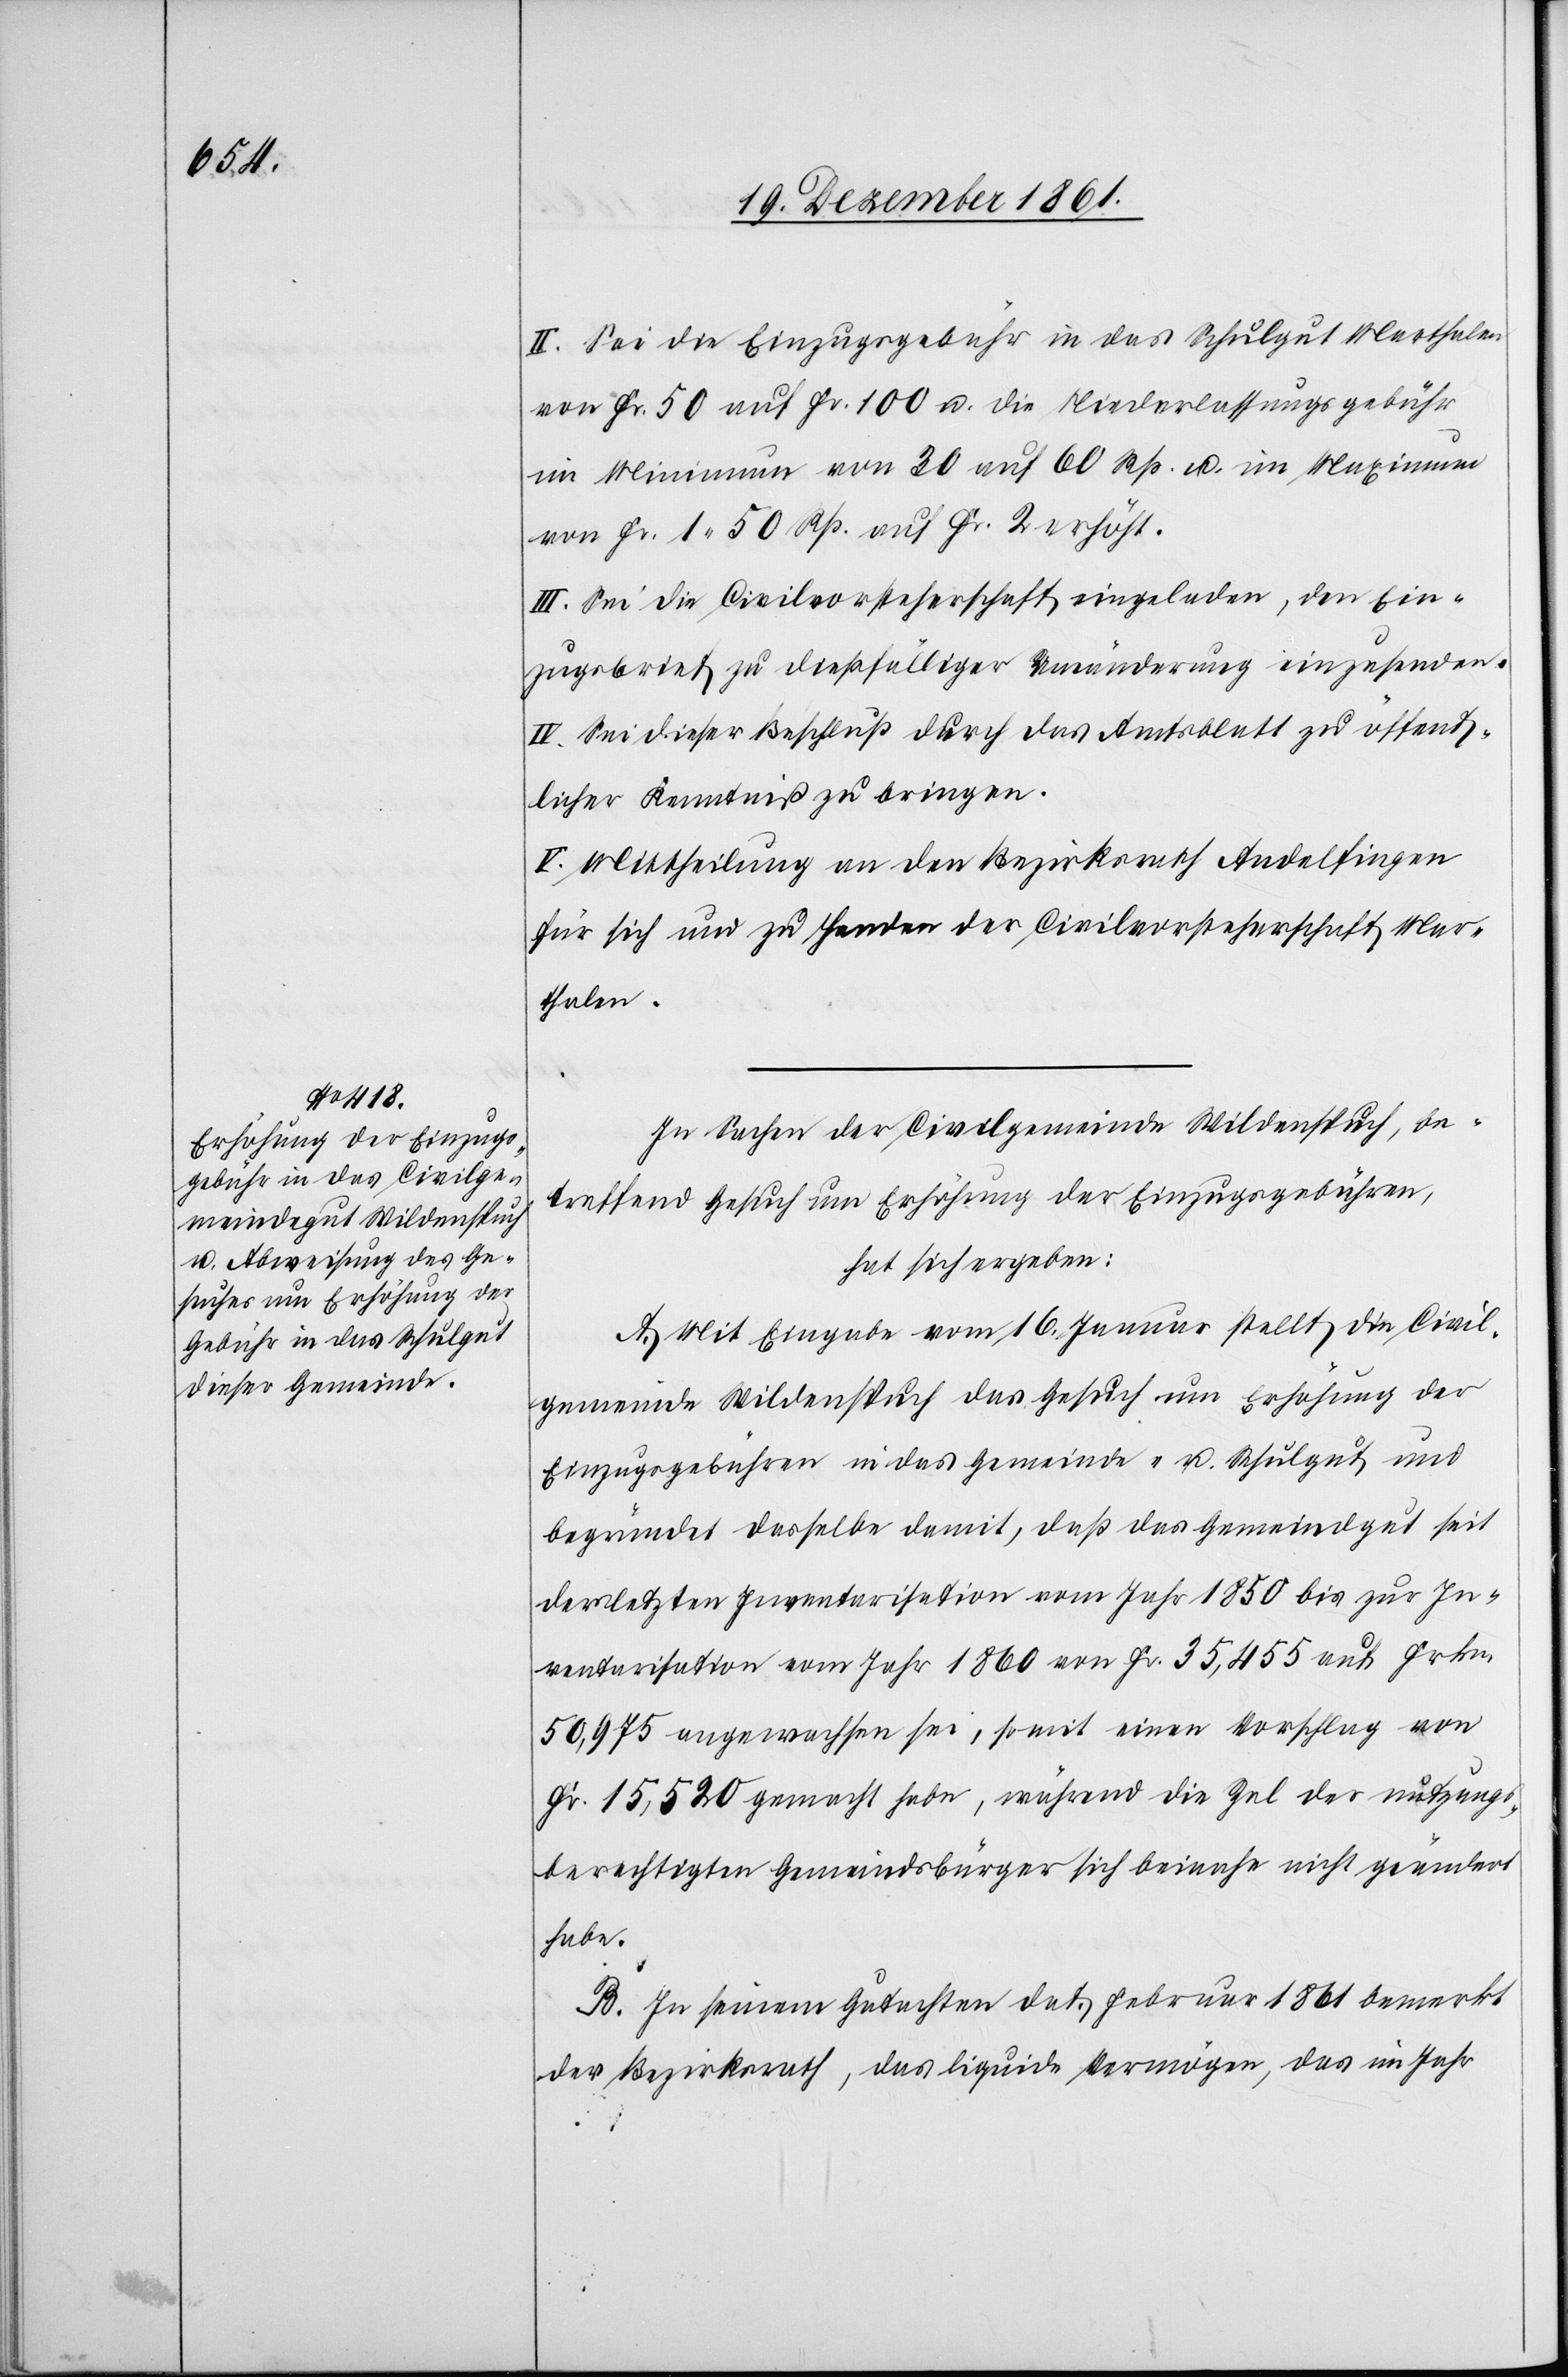
II. Sei die Einzugsgebühr in das Schulgut Marthalen
von Fr. 50 auf Fr. 100 u. die Niederlassungsgebühr
im Minimum von 30 auf 60 Rp. u. im Maximum
von Fr. 1. 50 Rp. auf Fr. 2 erhöht.
III. Sei die Civilvorsteherschaft eingeladen, den Ein¬
zugsbrief zu dießfälliger Umänderung einzusenden.
IV. Sei dieser Beschluß durch das Amtsblatt zu öffent¬
licher Kenntniß zu bringen.
V. Mittheilung an den Bezirksrath Andelfingen
für sich und zu Handen der Civilvorsteherschaft Mar¬
thalen.
In Sachen der Civilgemeinde Wildenspuch, be¬
treffend Gesuch um Erhöhung der Einzugsgebühren,
hat sich ergeben:
A. Mit Eingabe vom 16 Januar stellt die Civil¬
gemeinde Wildenspuch das Gesuch um Erhöhung der
Einzugsgebühren in das Gemeinde- u. Schulgut und
begründet dasselbe damit, daß das Gemeindgut seit
der letzten Inventarisation vom Jahr 1850 bis zur In¬
ventarisation vom Jahr 1860 von Fr. 35,455 auf Frkn.
50,975 angewachsen sei, somit einen Vorschlag von
Fr. 15,520 gemacht habe, während die Zal der nutzungs¬
berechtigten Gemeindsbürger sich beinahe nicht geändert
habe.
B. In seinem Gutachten dat. Februar 1861 bemerkt
der Bezirksrath, das liquide Vermögen, das im Jahr